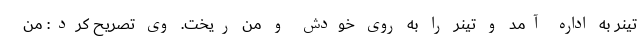
تینر به اداره آمد و تینر را به روی خودش و من ریخت. وی تصریح کرد: من